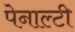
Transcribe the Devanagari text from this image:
पेनाल्‍टी